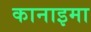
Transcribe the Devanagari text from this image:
कानाइमा